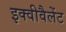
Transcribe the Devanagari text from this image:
इक्वीवैलेंट